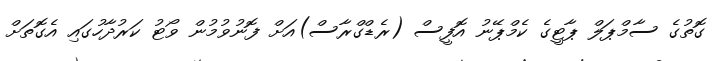
ގޮތުގެ ސާމްޕަލް ޕާޓީގެ ކެމްޕޭނު އޮފީސް (ރެޑްގްރާސް)އަށް ފޮނުވުމުން ވޯޓު ކަރުދާހުގައި އެގޮތަށް